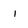
Character: l